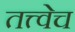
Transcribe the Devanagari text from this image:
तत्त्वेच